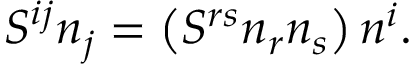
{ \cal S } ^ { i j } n _ { j } = \left( { { \cal S } ^ { r s } n _ { r } n _ { s } } \right) n ^ { i } .